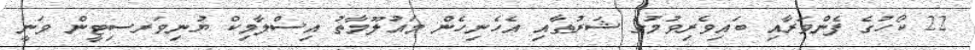
22 ކޯހުގެ ފެންވަރާއި ބައިވެރިވުމުގެ ޝަރުޠާއި އެހެނިހެން މައުލޫމާތު އިސްލާމިކް ޔުނިވަރސިޓީން ވަނީ